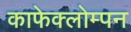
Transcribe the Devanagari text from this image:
काफेक्लोम्पन